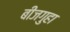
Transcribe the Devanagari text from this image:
बीजगुहा